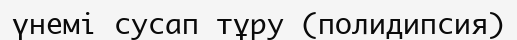
үнемі сусап тұру (полидипсия)